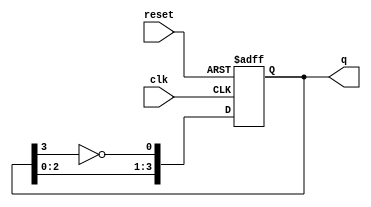
module ring_johnson_counter (
    input wire clk,        // Clock signal
    input wire reset,      // Reset signal
    output reg [3:0] q     // 4-bit output of the counter
);

    // Sequential logic for the Johnson counter
    always @(posedge clk or posedge reset) begin
        if (reset) begin
            q <= 4'b0000;  // Initialize the counter to 0000 on reset
        end else begin
            // Johnson counter logic
            q[0] <= ~q[3];  // Invert the last flip-flop output and feed to the first
            q[1] <= q[0];   // Shift the state to the right
            q[2] <= q[1];
            q[3] <= q[2];
        end
    end

endmodule